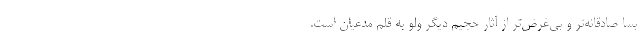
بسا صادقانه‌تر و بی‌غرض‌تر از آثار حجیم دیگر ولو به قلم مدعیان است.